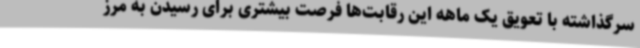
سرگذاشته با تعویق یک ماهه این رقابت‌ها فرصت بیشتری برای رسیدن به مرز